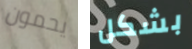
يحمون بشكل